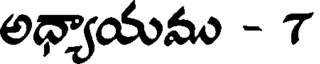
అధ్యాయము - 7